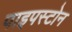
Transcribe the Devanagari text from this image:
पाइपस्टोन